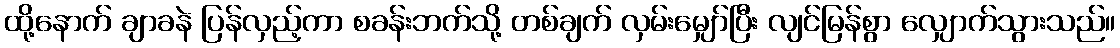
ထို့နောက် ချာခနဲ ပြန်လှည့်ကာ စခန်းဘက်သို့ တစ်ချက် လှမ်းမျှော်ပြီး လျင်မြန်စွာ လျှောက်သွားသည်။